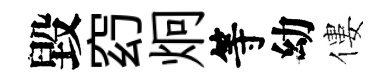
毀𥥆炯等幼僂